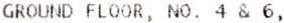
GROUND FLOOR, NO. 4 & 6,